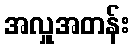
အလှူအတန်း